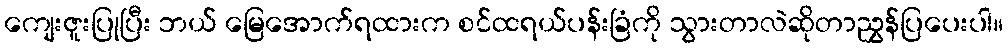
ကျေးဇူးပြုပြီး ဘယ် မြေအောက်ရထားက စင်ထရယ်ပန်းခြံကို သွားတာလဲဆိုတာညွှန်ပြပေးပါ။